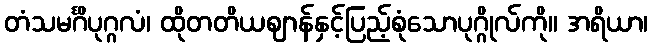
တံသမင်္ဂိပုဂ္ဂလံ၊ ထိုတတိယဈာန်နှင့်ပြည့်စုံသောပုဂ္ဂိုလ်ကို။ အရိယာ၊